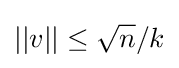
||v||\leq {\sqrt {n}}/k